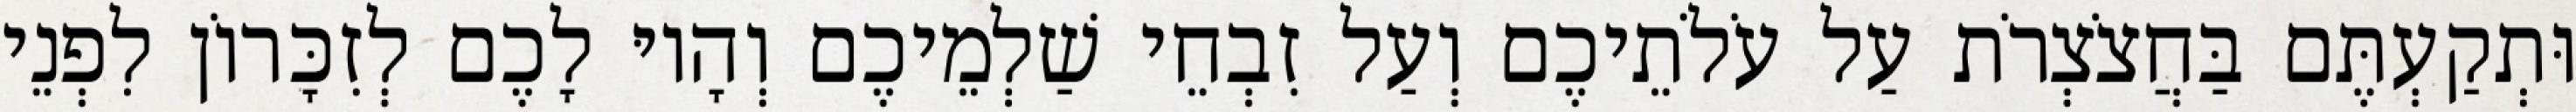
וּתְקַעְתֶּם בַּחֲצֹצְרֹת עַל עֹלֹתֵיכֶם וְעַל זִבְחֵי שַׁלְמֵיכֶם וְהָיוּ לָכֶם לְזִכָּרוֹן לִפְנֵי